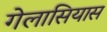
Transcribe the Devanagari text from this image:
गेलासियास